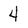
Character: 4